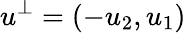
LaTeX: u^{\perp}=(-u_{2},u_{1})